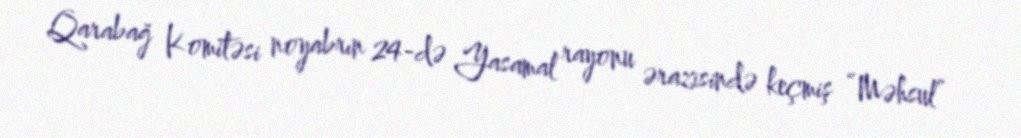
Qarabağ Komitəsi noyabrın 24-də Yasamal rayonu ərazisində keçmiş “Məhsul”